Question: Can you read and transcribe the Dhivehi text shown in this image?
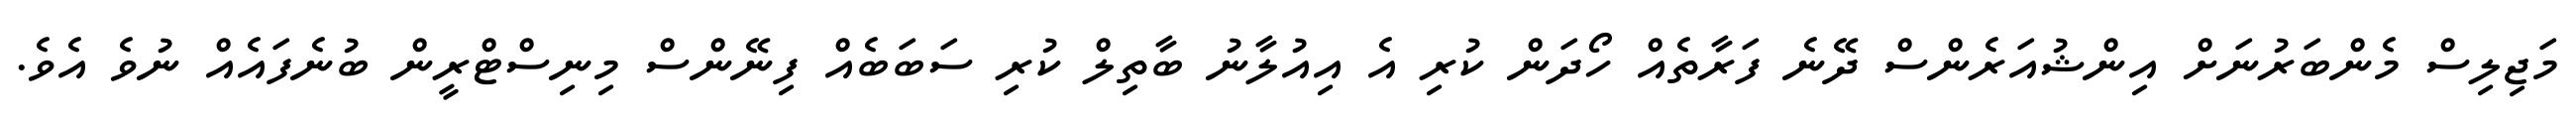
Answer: މަޖިލިސް މެންބަރުނަށް އިންޝުއަރެންސް ދޭނެ ފަރާތެއް ހޯދަން ކުރި އެ އިއުލާނު ބާތިލް ކުރި ސަބަބެއް ފިނޭންސް މިނިސްޓްރީން ބުނެފައެއް ނުވެ އެވެ.